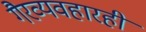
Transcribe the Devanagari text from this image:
गैरव्यवहारही